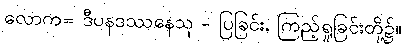
လောက= ဒီပနဒဿနေသု - ပြခြင်း, ကြည့်ရှုခြင်းတို့၌။